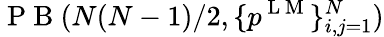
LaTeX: \mathrm{~P~B~}(N(N-1)/2,\{ p^{\mathrm{~L~M~}}\} _{i,j=1}^{N})